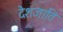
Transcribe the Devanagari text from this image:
देशजाति